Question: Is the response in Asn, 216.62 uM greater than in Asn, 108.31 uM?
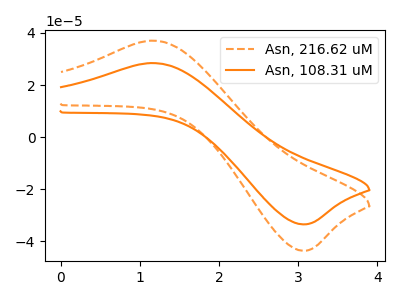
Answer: <think>The orange dashed curve "Asn, 216.62 uM" has an anodic peak at (1.15V, 37.05uA) and a cathodic peak at (3.05V, -43.65uA). The orange curve "Asn, 108.31 uM" has an anodic peak at (1.15V, 28.45uA) and a cathodic peak at (3.05V, -33.55uA).
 All the peaks in "Asn, 216.62 uM" have a peak in "Asn, 108.31 uM" at the same potential. Every peak in "Asn, 216.62 uM" is higher than every peak in "Asn, 108.31 uM".</think>
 <answer>"Asn, 216.62 uM" has more signal than "Asn, 108.31 uM".</answer>
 <eval>more_signal</eval>